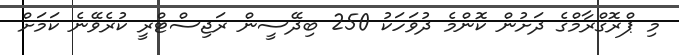
މި ޕްރޮގްރާމްގެ ދަށުން ކޮންމެ ދުވަހަކު 250 ބިދޭސީން ރަޖިސްޓްރީ ކުރެވޭނެ ކަމަށް